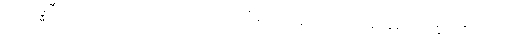
အာရဒ္ဓဝီရိယော၊ အားထုတ်သော လုံလရှိသောသူသည်။ သုခံ၊ ချမ်းသာစွာ။ ဝိဟရတိ၊